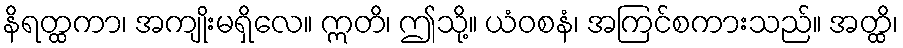
နိရတ္ထကာ၊ အကျိုးမရှိလေ။ ဣတိ၊ ဤသို့။ ယံဝစနံ၊ အကြင်စကားသည်။ အတ္ထိ၊